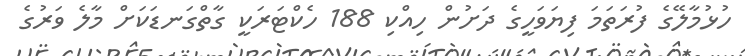
ހުޅުމާލޭގެ ފުރަތަމަ ފިޔަވަހީގެ ދަށުން ހިއްކި 188 ހެކްޓަރަކީ ގާތްގަނޑަކަށް މާލެ ވަރުގެ